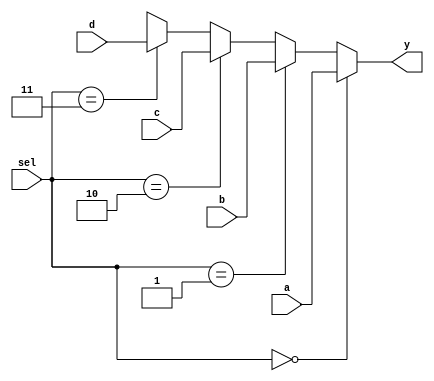
`timescale 1ns / 1ps
module mux41_if(
	input [1:0] sel,
	input [3:0] a, 
	input [3:0] b, 
	input [3:0] c, 
	input [3:0] d,
	output reg [3:0] y
	);
	 
	 always @(sel or a or b or c or d) begin
		if	(sel == 2'b00) y = a;
			else if (sel == 2'b01) y = b;
			else if (sel == 2'b10) y = c;
			else if (sel == 2'b11) y = d;
			else y = 4'bx;
	end
endmodule